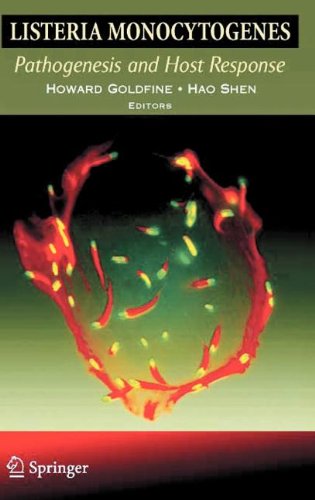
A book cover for Listeria monocytogenes: Pathogenesis and Host Response; Medical Books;